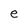
Character: e